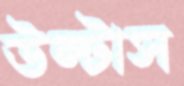
উল্‌টাস